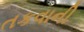
તકવાની